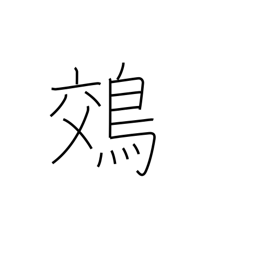
Meaning: night heron